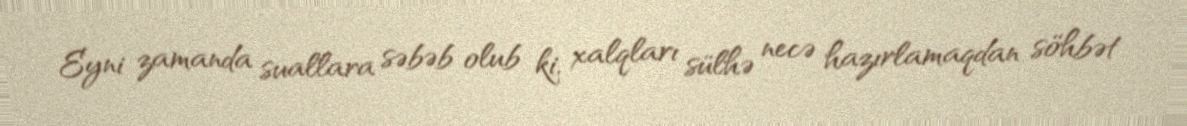
Eyni zamanda suallara səbəb olub ki, xalqları sülhə necə hazırlamaqdan söhbət